Problem: 39 + 19 = ?
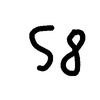
Handwritten answer: 58